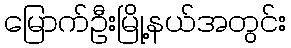
မြောက်ဦးမြို့နယ်အတွင်း